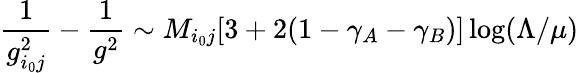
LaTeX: \frac{1}{g_{i_{0}j}^{2}}-\frac{1}{g^{2}}\sim M_{i_{0}j}[3+2(1-\gamma_{A}-\gamma_{B})]\log(\Lambda/\mu)